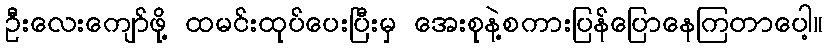
ဦးလေးကျော်ဖို့ ထမင်းထုပ်ပေးပြီးမှ အေးစုနဲ့စကားပြန်ပြောနေကြတာပေါ့။